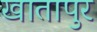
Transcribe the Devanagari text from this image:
खातापुर